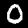
Digit: 0